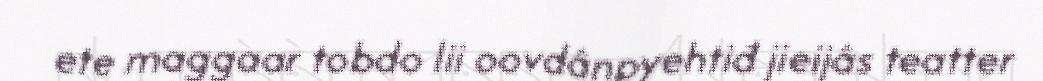
ete maggaar tobdo lii oovdânpyehtiđ jieijâs teatter